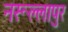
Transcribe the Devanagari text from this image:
नरूल्लापुर